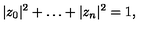
| z _ { 0 } | ^ { 2 } + \ldots + | z _ { n } | ^ { 2 } = 1 ,